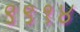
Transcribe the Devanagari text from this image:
९९१४